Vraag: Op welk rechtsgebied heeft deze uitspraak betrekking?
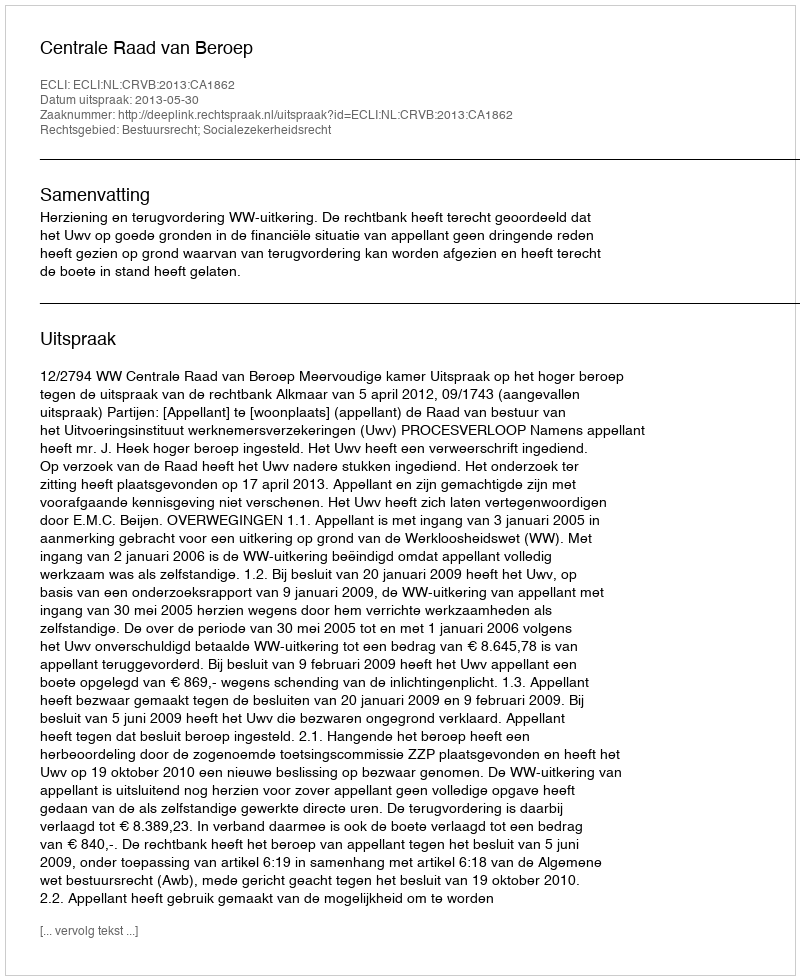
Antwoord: Bestuursrecht; Socialezekerheidsrecht